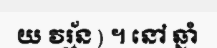
យ វរ្ម័ន ) ។ នៅ ឆ្នាំ